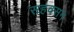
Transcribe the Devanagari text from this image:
सहवसन